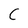
Character: C